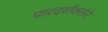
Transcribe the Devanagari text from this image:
पारदर्शकतेने